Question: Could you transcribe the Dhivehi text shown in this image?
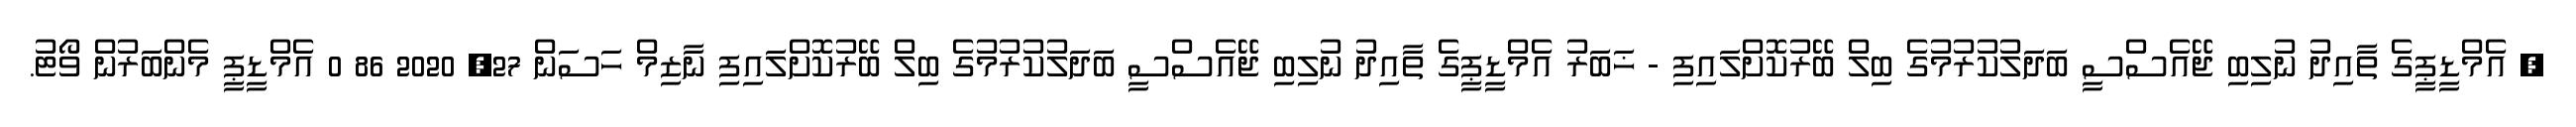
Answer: , އެމްޑީޕީގެ ތާއިދު ނުލިބި ޖޭއެސްސީ ބަދަލުކުރުމުގެ ބިލް ބޭރުކޮށްލައިފި - ޚަބަރު އެމްޑީޕީގެ ތާއިދު ނުލިބި ޖޭއެސްސީ ބަދަލުކުރުމުގެ ބިލް ބޭރުކޮށްލައިފި ނާޒިމް ހަސަން 27, 2020 86 0 އެމްޑީޕީ މެންބަރުން ވޯޓު.